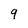
Character: 9